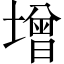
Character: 增